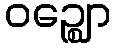
ဝဉ္ဈော